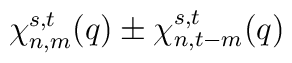
\chi_{n,m}^{s,t}(q) \pm \chi_{n,t-m}^{s,t}(q)